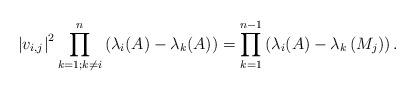
LaTeX: \begin{align*}\left|v_{i, j}\right|^{2} \prod_{k=1 ; k \neq i}^{n}\left(\lambda_{i}(A)-\lambda_{k}(A)\right)=\prod_{k=1}^{n-1}\left(\lambda_{i}(A)-\lambda_{k}\left(M_{j}\right)\right) .\end{align*}